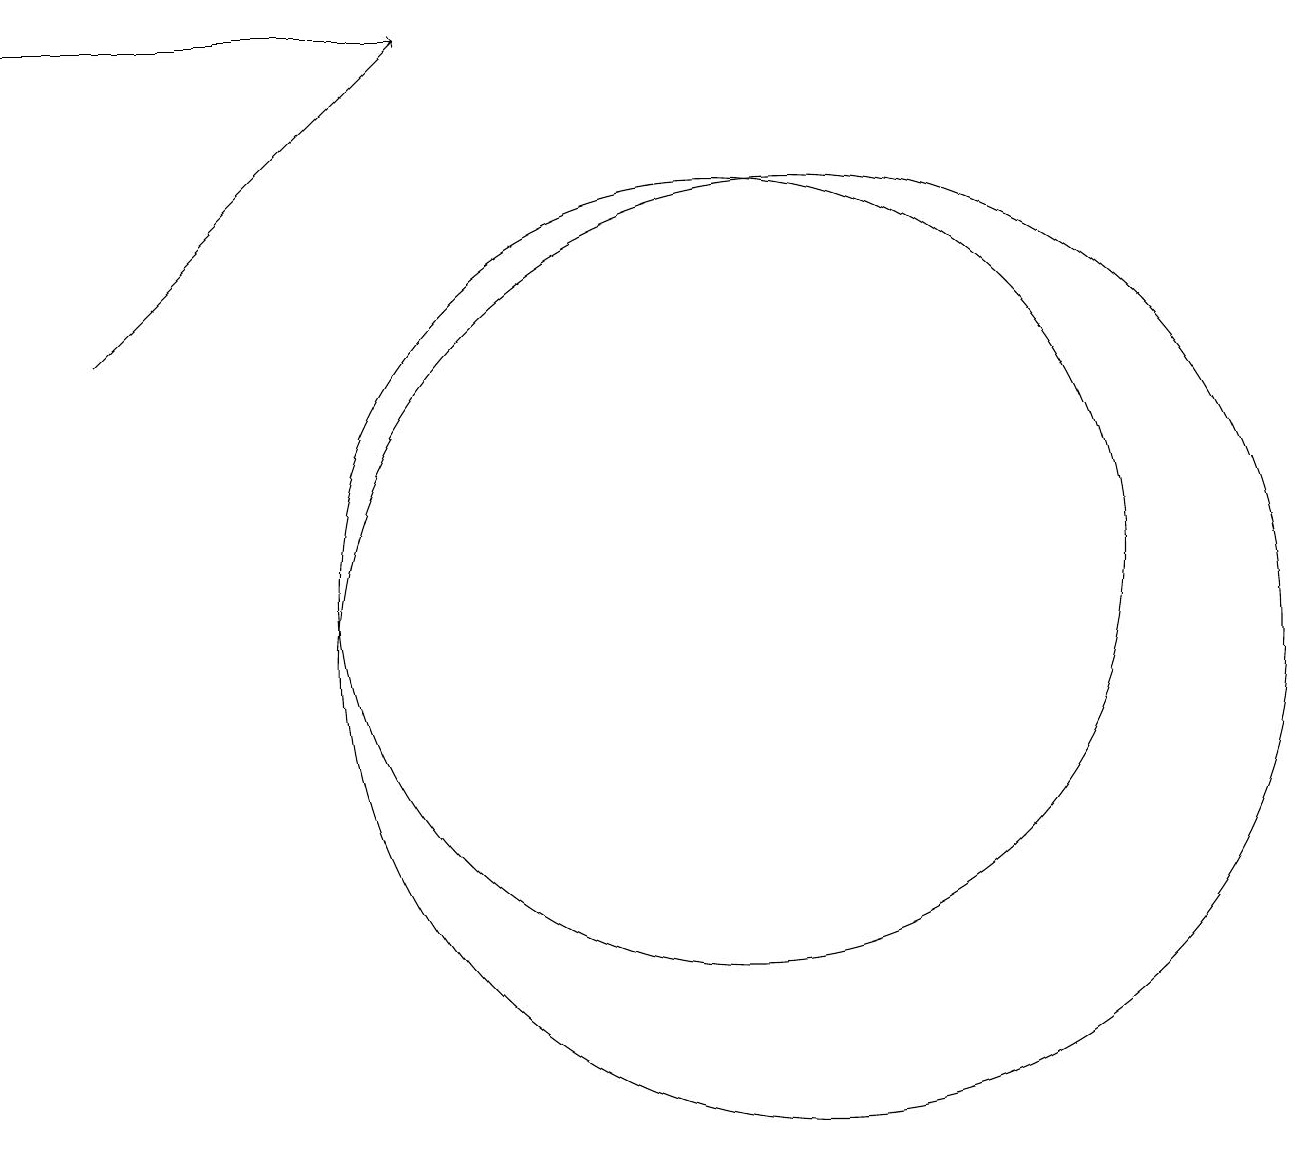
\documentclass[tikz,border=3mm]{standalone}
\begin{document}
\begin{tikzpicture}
\draw (11,10) circle (6);
\draw[->] (2,14) -- (6,18);
\draw (10,11) circle (5);
\draw[->] (1,18) -- (6,18);
\draw (11,10) circle (0);
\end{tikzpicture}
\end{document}